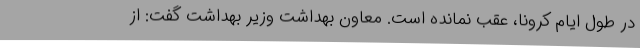
در طول ایام کرونا، عقب نمانده است. معاون بهداشت وزیر بهداشت گفت: از